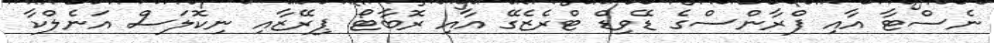
ނެސްޓާ އާއި ފްރާންސްގެ ޑޭވިޑް ޓްރެޒެގޭ އާއި ރޮބާޓޯ ޕިރޭޒާއި ނިކޮލަސް އަނެލްކާ